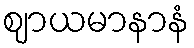
ဈာယမာနာနံ